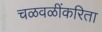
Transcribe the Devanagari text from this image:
चळवळींकरिता